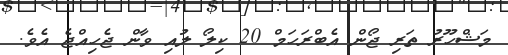
މަޝްހޫރު ތަރި ޖޯން އެބްރަހަމް 20 ކިލޯ ލުއި ވާން ޖެހިއްޖެ އެވެ.